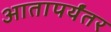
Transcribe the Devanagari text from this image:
आतापर्यंतर